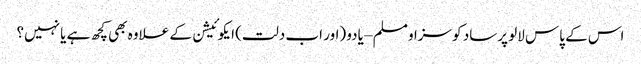
اس کے پاس لالو پرساد کو سزا و مسلم – یادو (اور اب دلت) ایکوئیشن کے علاوہ بھی کچھ ہے یا نہیں؟